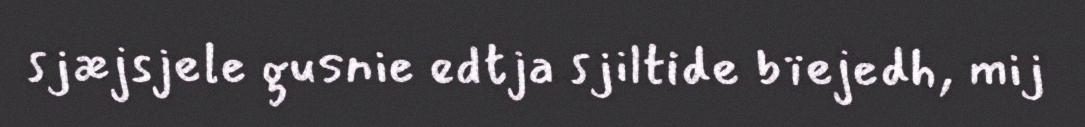
sjæjsjele gusnie edtja sjiltide bïejedh, mij